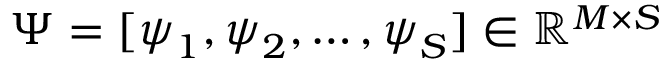
\boldsymbol { \Psi } = [ \boldsymbol { \psi } _ { 1 } , \boldsymbol { \psi } _ { 2 } , \dots , \boldsymbol { \psi } _ { S } ] \in \mathbb { R } ^ { M \times S }